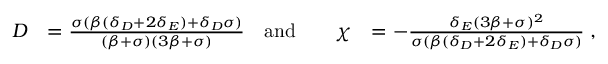
\begin{array} { r l r l r l } { D } & { = \frac { \sigma ( \beta ( \delta _ { D } + 2 \delta _ { E } ) + \delta _ { D } \sigma ) } { ( \beta + \sigma ) ( 3 \beta + \sigma ) } } & { \mathrm { a n d } } & { } & { \chi } & { = - \frac { \delta _ { E } ( 3 \beta + \sigma ) ^ { 2 } } { \sigma ( \beta ( \delta _ { D } + 2 \delta _ { E } ) + \delta _ { D } \sigma ) } \; , } \end{array}